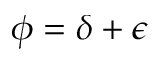
\phi = \delta + \epsilon